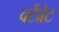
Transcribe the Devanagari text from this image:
वर्टेब्रेट